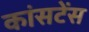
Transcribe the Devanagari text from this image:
कांसटेंस